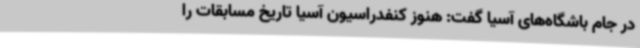
در جام باشگاه‌های آسیا گفت: هنوز کنفدراسیون آسیا تاریخ مسابقات را